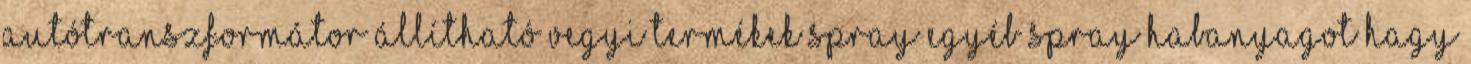
autótranszformátor állítható Vegyi termékek Spray egyéb Spray habanyagot hagy